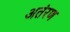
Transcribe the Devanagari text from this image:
अतंरण